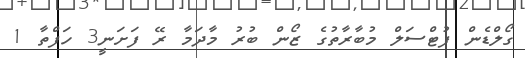
ގޯލްޑެން ފުޓްސަލް މުބާރާތުގެ ޒޯން ބުރު މާދަމާ ރޭ ފަށަނީ3 ހަފްތާ 1